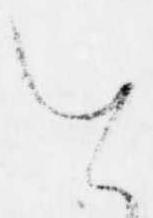
を